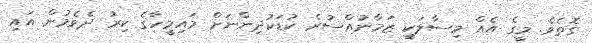
ގޮތެވެ. މީގެ އެއް މިސާލަކީ ޒަމާނުއްސުރެ ކުޑަކުދިންނަށް މައިމީހާގެ ކިރު ދެވެމުން އައި